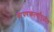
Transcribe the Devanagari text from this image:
वापरकर्त्यांपुढील